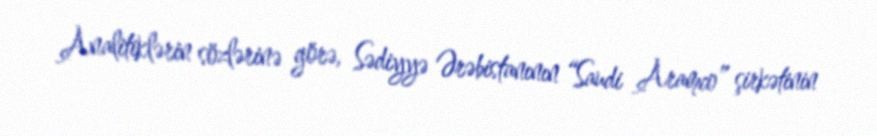
Analitiklərin sözlərinə görə, Sədiyyə Ərəbistanının “Saudi Aramco” şirkətinin